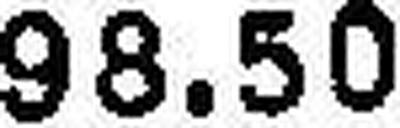
98.50